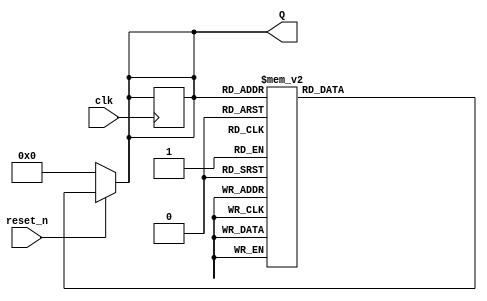
module decade_asynchronous_counter (
    input wire clk,          // Input signal to trigger counting
    input wire reset_n,      // Active low reset signal
    output reg [3:0] Q       // 4-bit output representing the current count
);

    // Asynchronous reset and counting logic
    always @* begin
        if (!reset_n) begin
            Q = 4'b0000; // Reset the counter to 0
        end else begin
            case (Q)
                4'b0000: Q = 4'b0001; // 0 to 1
                4'b0001: Q = 4'b0010; // 1 to 2
                4'b0010: Q = 4'b0011; // 2 to 3
                4'b0011: Q = 4'b0100; // 3 to 4
                4'b0100: Q = 4'b0101; // 4 to 5
                4'b0101: Q = 4'b0110; // 5 to 6
                4'b0110: Q = 4'b0111; // 6 to 7
                4'b0111: Q = 4'b1000; // 7 to 8
                4'b1000: Q = 4'b1001; // 8 to 9
                4'b1001: Q = 4'b0000; // 9 to 0 (reset)
                default: Q = 4'b0000; // Default case (should not occur)
            endcase
        end
    end

    // Triggering the counter on the rising edge of the clock
    always @(posedge clk) begin
        if (reset_n) begin
            // Update Q only if reset is not asserted
            Q <= Q;
        end
    end

endmodule